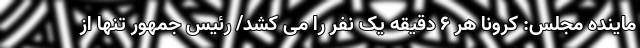
ماینده مجلس: کرونا هر ۶ دقیقه یک نفر را می کشد/ رئیس جمهور تنها از